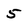
Character: 5